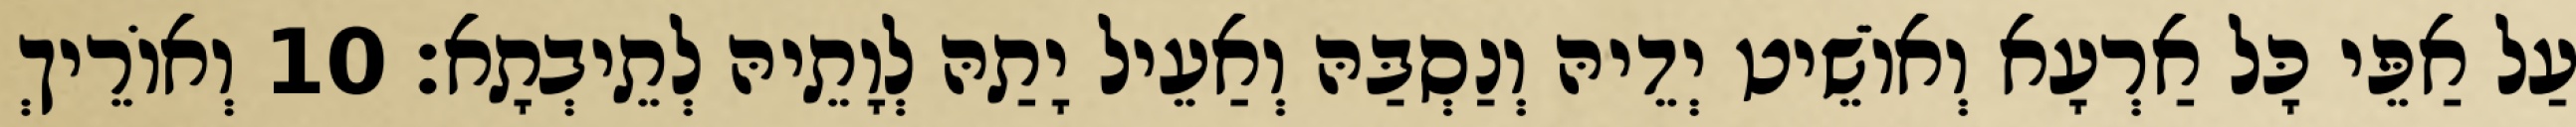
עַל אַפֵּי כָּל אַרְעָא וְאוֹשֵׁיט יְדֵיהּ וְנַסְבַּהּ וְאַעֵיל יָתַהּ לְוָתֵיהּ לְתֵיבְתָא׃ 10 וְאוֹרֵיךְ